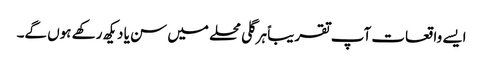
ایسے واقعات آپ تقریباً ہر گلی محلے میں سن یا دیکھ رکھے ہوں گے۔